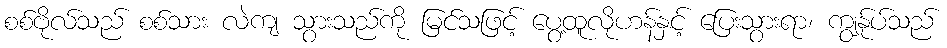
စစ်ဗိုလ်သည် စစ်သား လဲကျ သွားသည်ကို မြင်သဖြင့် ပွေ့ထူလိုဟန်နှင့် ပြေးသွားရာ၊ ကျွန်ုပ်သည်